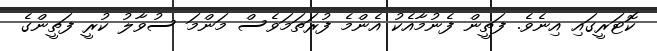
ކޮޓަރީގައި އިނެވެ. ފަތީން ފެނުމާއެކު އެންމެ ފުރަތަމަވެސް މަންމަ ސުވާލު ކުރީ ފަތީންގެ